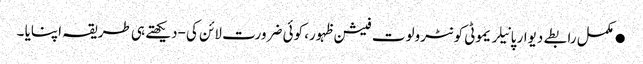
●مکمل رابطے دیوار پانیلریموٹی کونٹرولوت فیشن ظہور، کوئی ضرورت لائن کی-دیکھتے ہی طریقہ اپنایا ۔